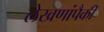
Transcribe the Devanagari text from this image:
लेखणांपैकी